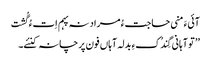
آئیءَ منی حاجت ءُ مراد نہ پہم اِت ءُ گُشت
’’ تو آہانی گِندُکءِ بدلہ آہاں فون پرچانہ کنئے۔